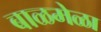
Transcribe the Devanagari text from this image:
बाळमेळा